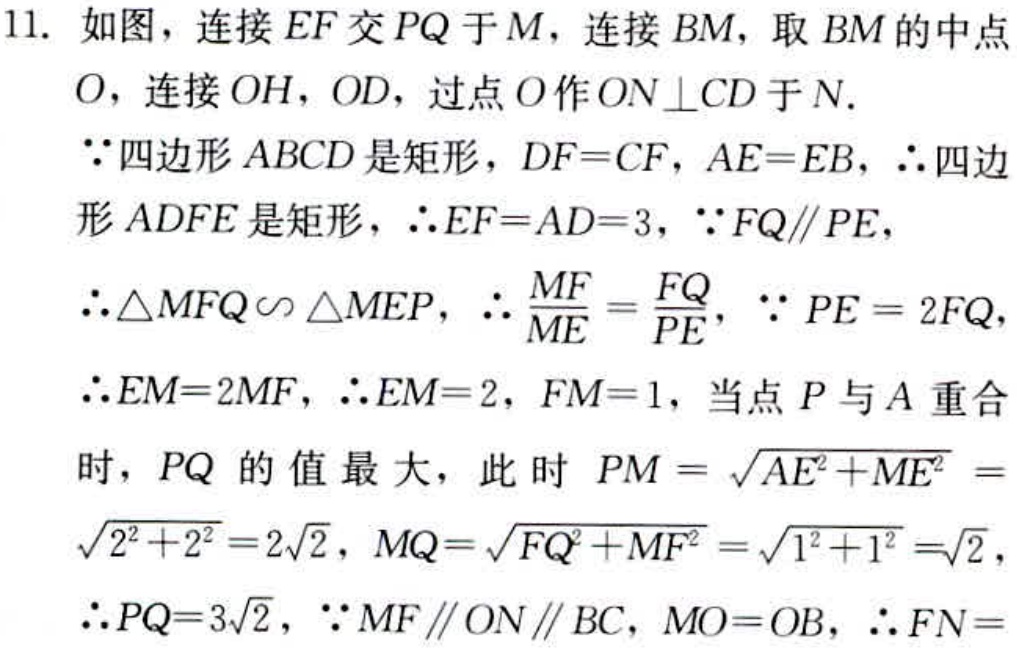
11. 如图，连接 \(EF\) 交 \(PQ\) 于 \(M\)，连接 \(BM\)，取 \(BM\) 的中点 \(O\)，连接 \(OH\)，\(OD\)，过点 \(O\) 作 \(ON\perp CD\) 于 \(N\).
\(\because\) 四边形 \(ABCD\) 是矩形，\(DF = CF\)，\(AE = EB\)，\(\therefore\) 四边形 \(ADFE\) 是矩形，\(\therefore EF = AD = 3\)，\(\because FQ\parallel PE\)，
\(\therefore\triangle MFQ\sim\triangle MEP\)，\(\therefore \frac{MF}{ME}=\frac{FQ}{PE}\)，\(\because PE = 2FQ\)，
\(\therefore EM = 2MF\)，\(\therefore EM = 2\)，\(FM = 1\)，当点 \(P\) 与 \(A\) 重合时，\(PQ\) 的值最大，此时 \(PM=\sqrt{AE^{2}+ME^{2}}=\sqrt{2^{2}+2^{2}} = 2\sqrt{2}\)，\(MQ=\sqrt{FQ^{2}+MF^{2}}=\sqrt{1^{2}+1^{2}}=\sqrt{2}\)，
\(\therefore PQ = 3\sqrt{2}\)，\(\because MF\parallel ON\parallel BC\)，\(MO = OB\)，\(\therefore FN=\)